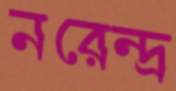
নরেন্দ্র